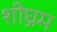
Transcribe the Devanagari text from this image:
शीघ्रम